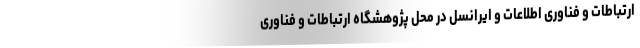
ارتباطات و فناوری اطلاعات و ایرانسل در محل پژوهشگاه ارتباطات و فناوری